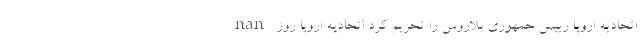
nan اتحادیه اروپا رییس جمهوری بلاروس را تحریم کرد اتحادیه اروپا روز